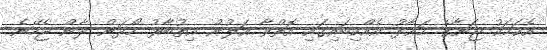
އެކަމަކު ޖަނާގެ މަޢާފު އެއްކިބައިގައި އޮތްވާ އަލުން އިތުބާރު ހޯދަން ދާން ޖެހޭނެ